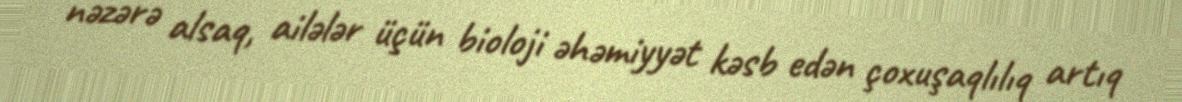
nəzərə alsaq, ailələr üçün bioloji əhəmiyyət kəsb edən çoxuşaqlılıq artıq